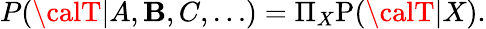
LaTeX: P({\calT}|A,\mathbf{B},C,\ldots)=\Pi_{X}\mathrm{{P}}({\calT}|X).